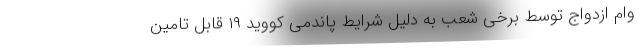
وام ازدواج توسط برخی شعب به دلیل شرایط پاندمی کووید ۱۹ قابل تامین